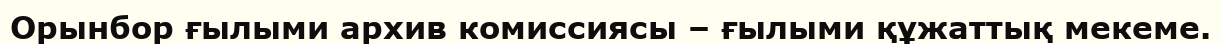
Орынбор ғылыми архив комиссиясы – ғылыми құжаттық мекеме.